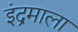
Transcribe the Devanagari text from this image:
इंद्रमाला